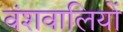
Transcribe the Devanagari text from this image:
वंशवालियों